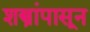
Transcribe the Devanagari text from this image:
शस्त्रांपासून